system: You are a helpful assistant.
user:
Analyze the provided spectrum to determine if it is a **"Cataclysmic Variables (CV)"**.

- **Key Indicators for CV (Check for either state):**
    - **State 1: Quiescent / Low-State (Emission-Dominated)**
        - **(Primary):** Strong and *very broad* Hydrogen Balmer emission lines (e.g., $H\alpha$ at 6563 Å, $H\beta$ at 4861 Å). The 'broadness' (high velocity dispersion, often FWHM > 1000 km/s) is the key diagnostic, indicating a high-velocity accretion disk.
        - **(Secondary):** Broad neutral Helium (He I) emission lines (e.g., 5876 Å, 6678 Å).
        - **(Key Confirmation):** Presence of high-excitation *ionized* Helium (He II) emission at 4686 Å. This is a strong indicator of accretion onto a white dwarf.
        - **(Line Profile):** Emission lines may exhibit a 'double-peaked' profile, which is a classic signature of a rotating accretion disk viewed at high inclination.

    - **State 2: Outburst / High-State (Absorption-Dominated)**
        - **(Primary):** Spectrum is dominated by a bright, blue continuum (looks like a hot star).
        - **(Secondary):** The emission lines from State 1 are weak, absent, or 'filled in', and are replaced by broad, shallow *absorption* lines (primarily Balmer and He I).
        - **(Morphology):** The overall spectrum mimics a hot B/A-type star. The crucial difference is that the absorption lines are significantly broader, shallower, and more 'washed-out' (or 'smeared') than the sharp lines of a normal stellar photosphere, due to high rotational speeds and pressure broadening in the disk.

Think first, call **spectral_visualization_tool** if needed to examine features in detail, then provide your final answer. Your response must adhere to the following strict rules:
1.  **Overall Structure:** Your response must follow the format `<think>...</think> <tool_call>...</tool_call> (if a tool is used) <answer>...</answer>`.
2.  **Tool Usage Constraint:** You may only make **one** tool call per turn.
3.  **Final Answer Format:** In the `<answer>` tag, your conclusion must be inside a `\boxed{}` command (e.g., `\boxed{YES}`), followed by your justification.

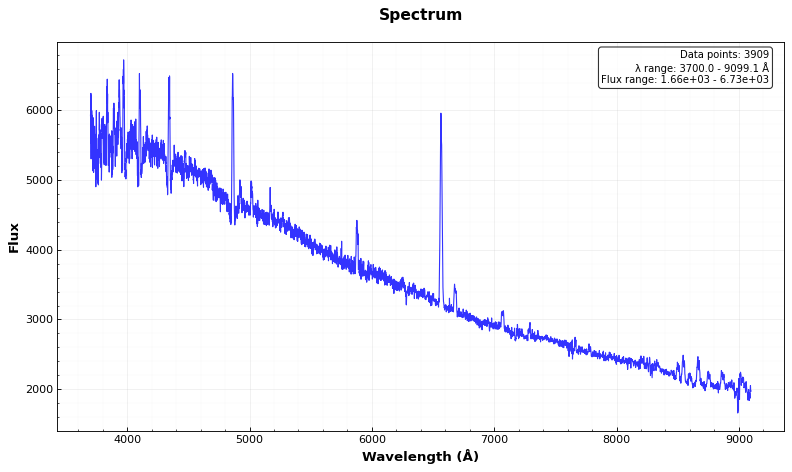
Answer: YES